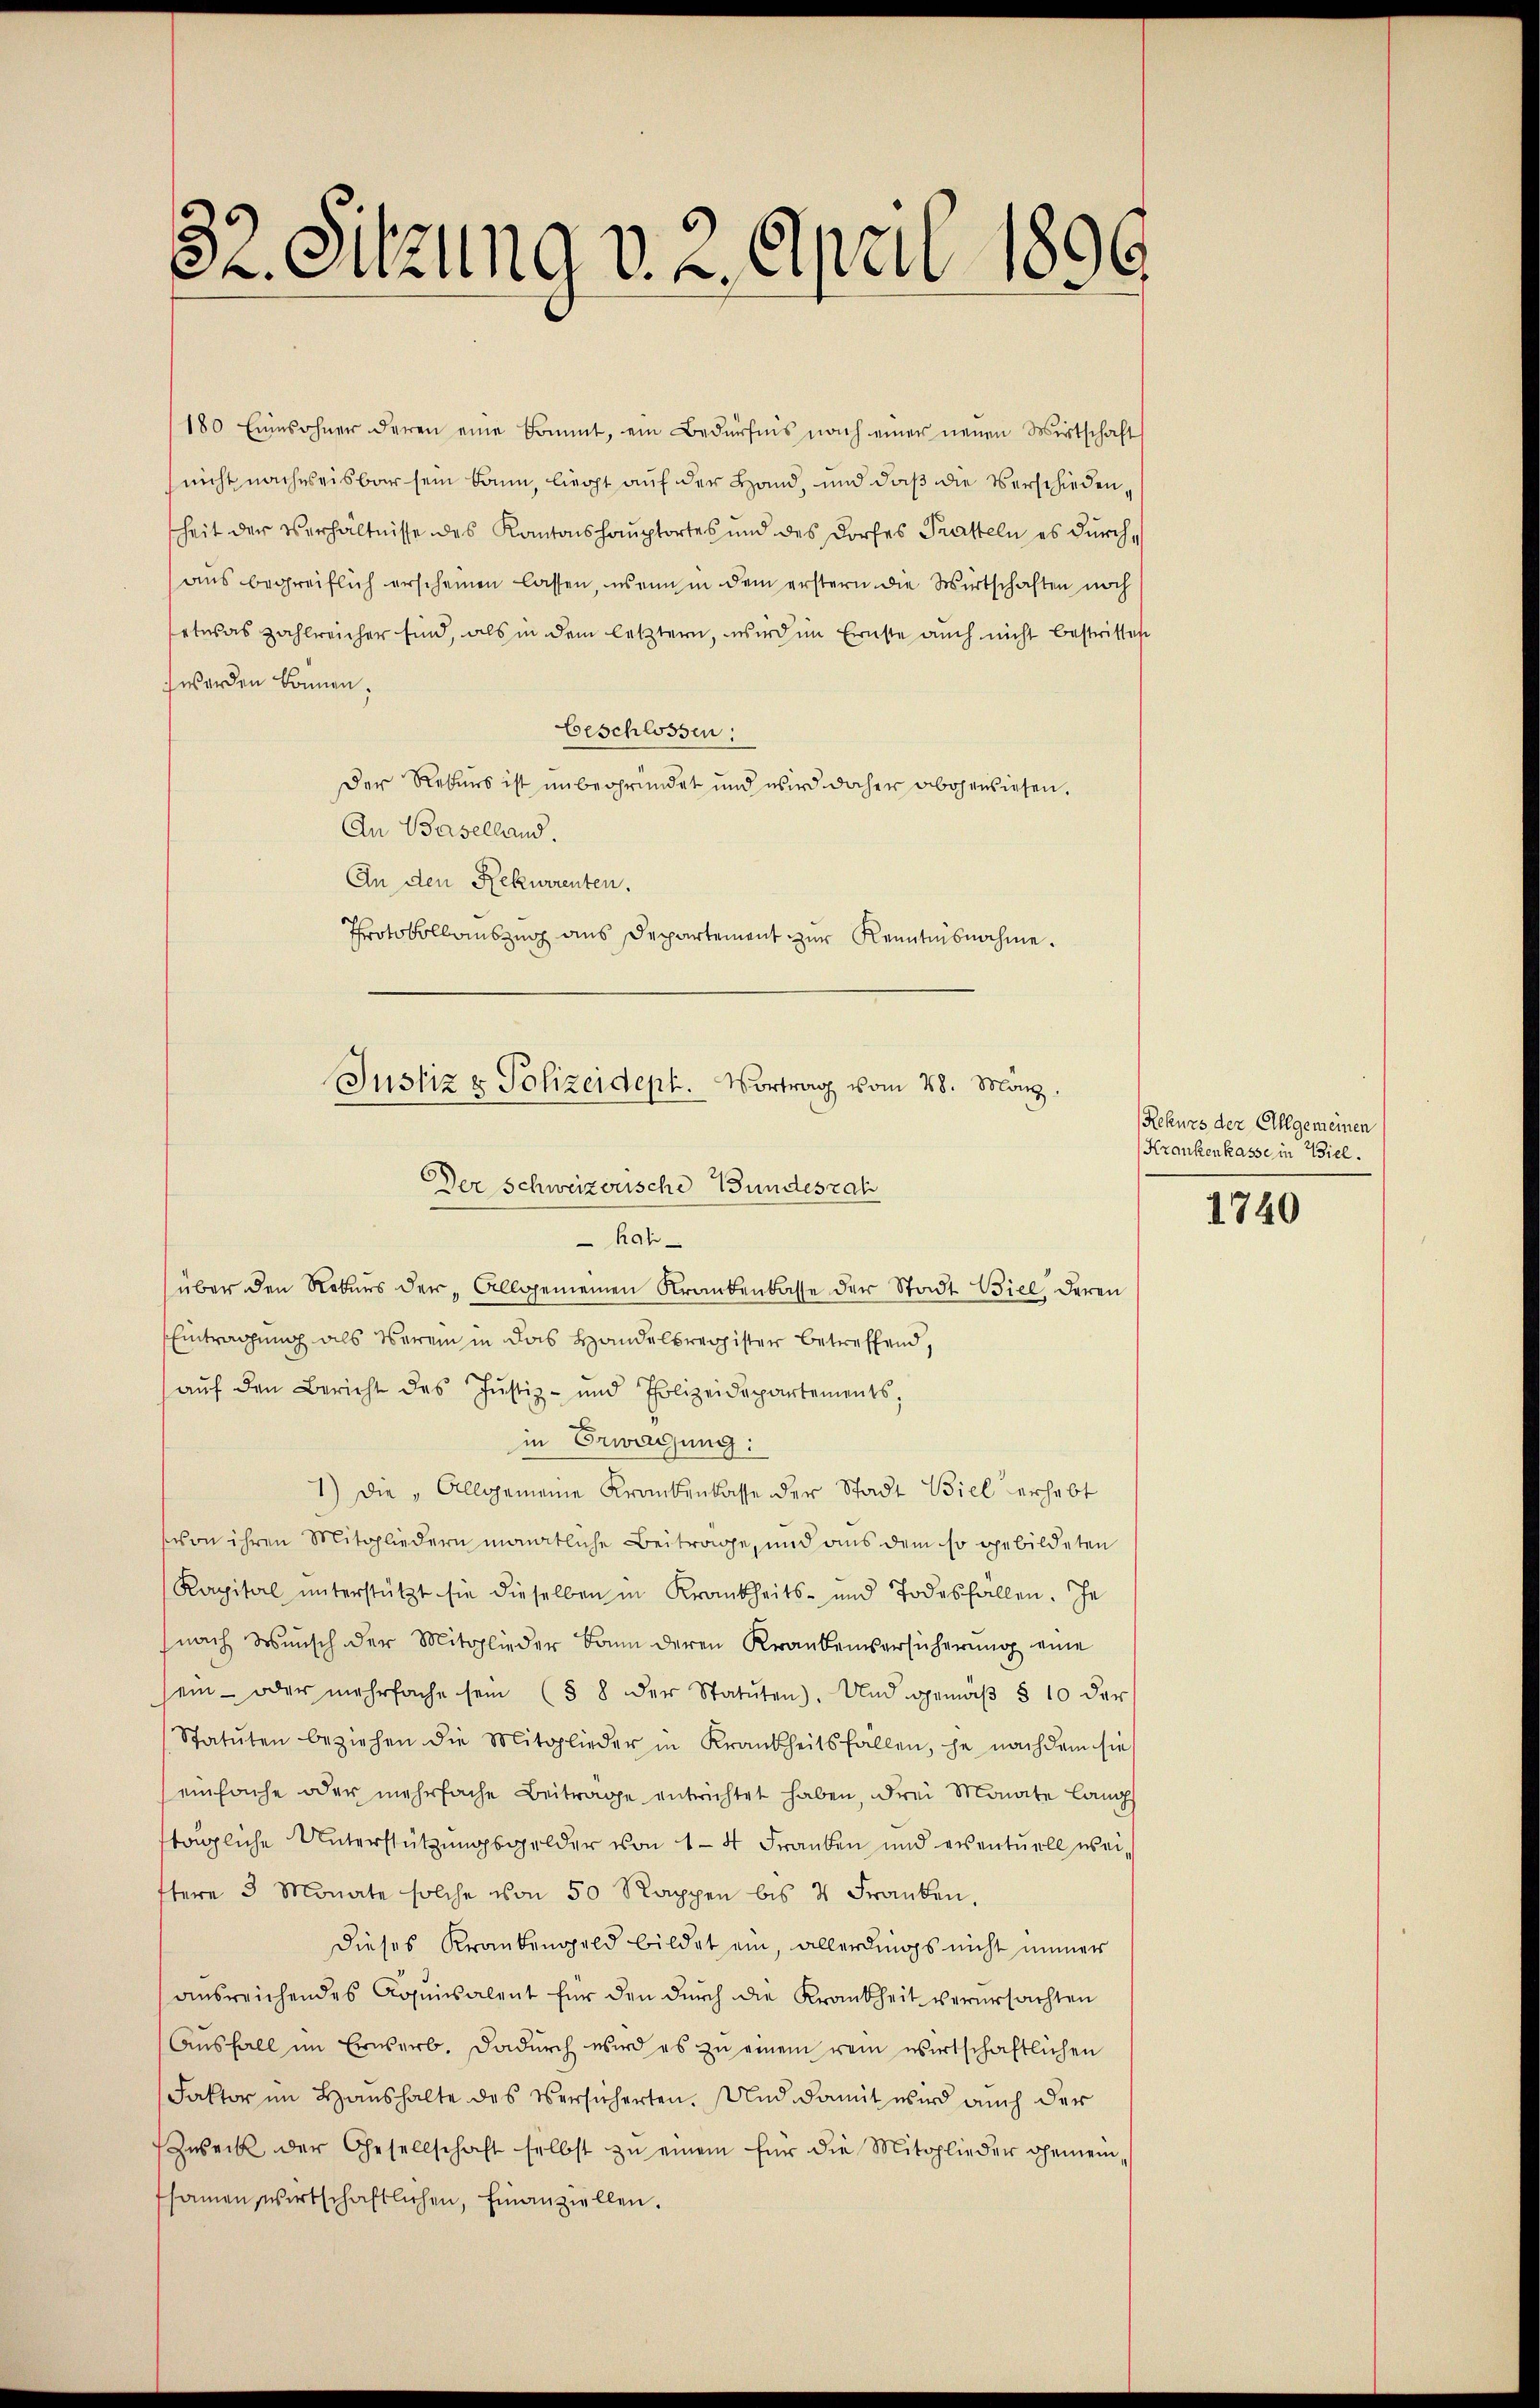
32. Sitzung v. 2. April 1809

180 Einwohner deren eine kommt, ein Bedürfnis nach einer neuen Wirtschaft
nicht nachweisbar sein kann, liegt auf der Hand, und daß die Verschiedenheit der Verhältnisse des Kantonshauptortes und des Dorfes Tratteln es durch
aus begreiflich erscheinen lassen, wenn in dem erstern die Wirtschaften noch
etwas zahlreicher sind, als in dem letztern, wird im Ernste auch nicht bestritten
 werden können.
Beschlossen:
Der Rekurs ist unbegründet und wird daher abgewiesen.
An Baselland.
An den Rekurrenten.
Protokollauszug aus Departement zur Kenntnisnahme.
Rah
über den Rekurs der „Allgemeinen Krankenkasse der Stadt Biel deren
Eintragung als Verein in das Handelsregister betreffend,
aŭf den Bericht des Justiz- und Polizeidepartements;
in Erwägung:
1) Die „Allgemeine Krankenlasse der Stadt Biel erhebt
von ihren Mitgliedern monatliche Beitrage, und aus dem so gebildeten
Kapital ŭnterstützt sie dieselben in Krankheits- und Todesfällen. Je
nach Wunsch der Mitglieder kann deren Krankenversicherung eine
sein - oder mehrfache sein (§ 8 der Statŭten). Und gemäβ § 10 der
Statuten beziehen die Mitglieder in Krankheitsfallen, je nachdem sie
einfache oder mehrfache Beitrage entrichtet haben, drei Monate lang
tägliche Unterstützungsgelder von 14 Franken und eventuell wei
ftere 3 Monate solche von 50 Rappen bis 4 Franken,
Dieses Krankengeld bildet ein, allerdings nicht immer
ausreichendes Aquisalent für den durch die Krankheit verursachten
Aŭsfall im Erwerb. Dadurch wird es zu einem rein wirtschaftlichen
Faktor im Haushalte des Versicherten. Und damit wird auch der
Zweck der Gesellschaft selbst zu einem für die Mitglieder Gemeinfsamen wirtschaftlichen, finanziellen.

Justiz & Polizeideph. Vortrag vom 28. Manz,
Der Schweizerische Bundeszah

Rekurs der Allgemeinen
Krankenkasse in Biel.

1740